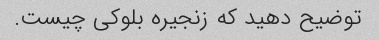
توضیح دهید که زنجیره بلوکی چیست.